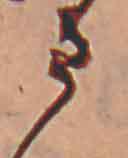
ま